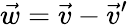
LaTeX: \vec{w}=\vec{v}-\vec{v}^{\prime}